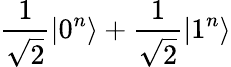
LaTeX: \frac{1}{\sqrt{2}}\vert 0^{n}\rangle+\frac{1}{\sqrt{2}}\vert 1^{n}\rangle